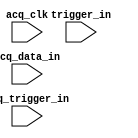

module RS232Tap1 (
	acq_data_in,
	acq_trigger_in,
	acq_clk,
	trigger_in);	

	input	[5:0]	acq_data_in;
	input	[0:0]	acq_trigger_in;
	input		acq_clk;
	input		trigger_in;
endmodule